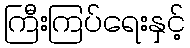
ကြီးကြပ်ရေးနှင့်